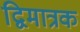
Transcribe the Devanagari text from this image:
द्विमात्रक